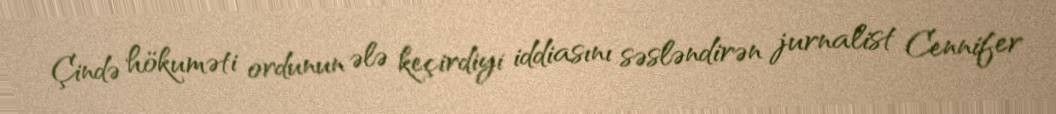
Çində hökuməti ordunun ələ keçirdiyi iddiasını səsləndirən jurnalist Cennifer